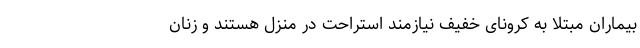
بیماران مبتلا به کرونای خفیف نیازمند استراحت در منزل هستند و زنان